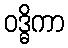
ဝဒ္ဓိကာ